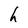
Character: h